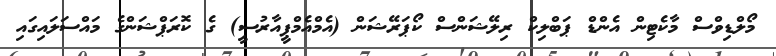
މޯލްޑިވްސް މާކެޓިން އެންޑް ޕަބްލިކް ރިލޭޝަންސް ކޯޕަރޭޝަން (އެމްއެމްޕީއާރުސީ) ގެ ކޮރަޕްޝަންގެ މައްސަލައިގައި